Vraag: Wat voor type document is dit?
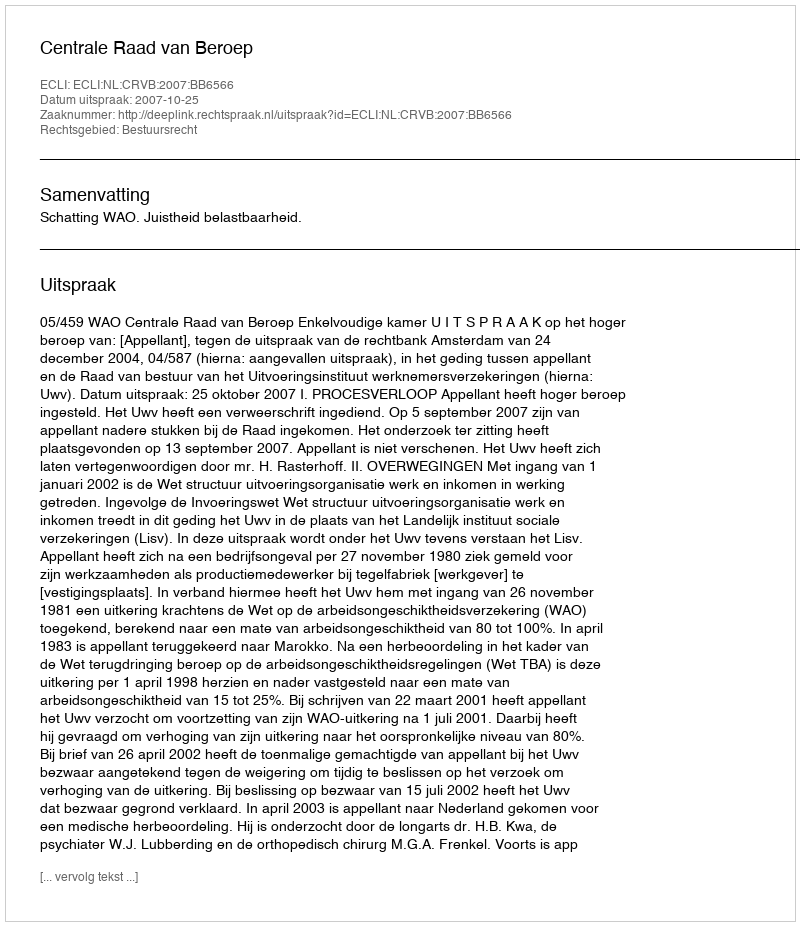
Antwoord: Uitspraak